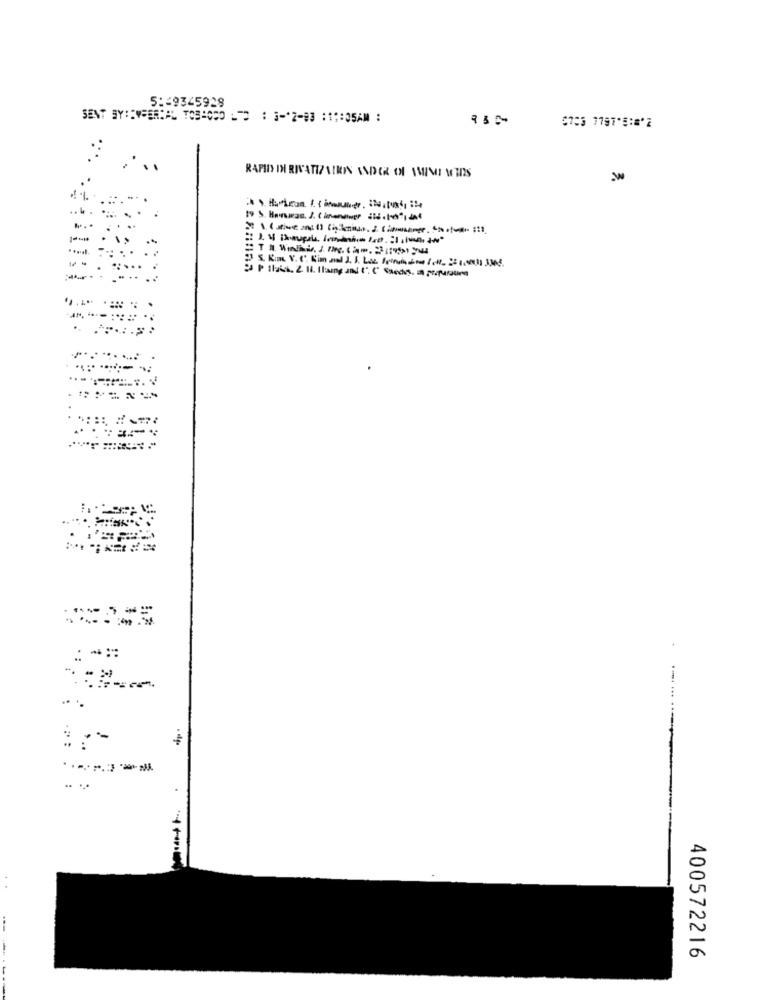
5:49345928
SENT BY: : V=ERIAL TOS=000 1 : 3-2-83 :11:35AM :
:
.. 4 .
..
1:
: **::
.-.. ...
400572216